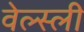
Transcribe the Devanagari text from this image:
वेल्स्ली